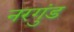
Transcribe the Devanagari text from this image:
नरगुंड